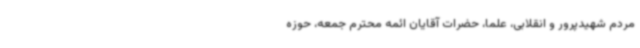
مردم شهیدپرور و انقلابی، علما، حضرات آقایان ائمه محترم جمعه، حوزه